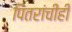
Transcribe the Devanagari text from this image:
पितरांचीही